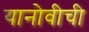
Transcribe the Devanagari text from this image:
यानोवीची